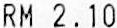
RM 2.10